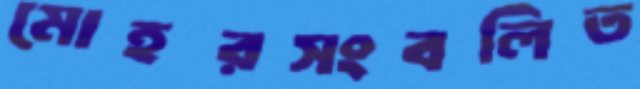
মোহরসংবলিত